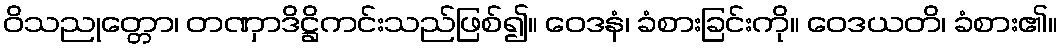
ဝိသညုတ္တော၊ တဏှာဒိဋ္ဌိကင်းသည်ဖြစ်၍။ ဝေဒနံ၊ ခံစားခြင်းကို။ ဝေဒယတိ၊ ခံစား၏။